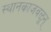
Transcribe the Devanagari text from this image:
स्थानकाजवळून्